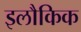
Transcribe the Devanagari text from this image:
इलौकिक